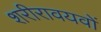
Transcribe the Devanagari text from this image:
शरीरावयवों